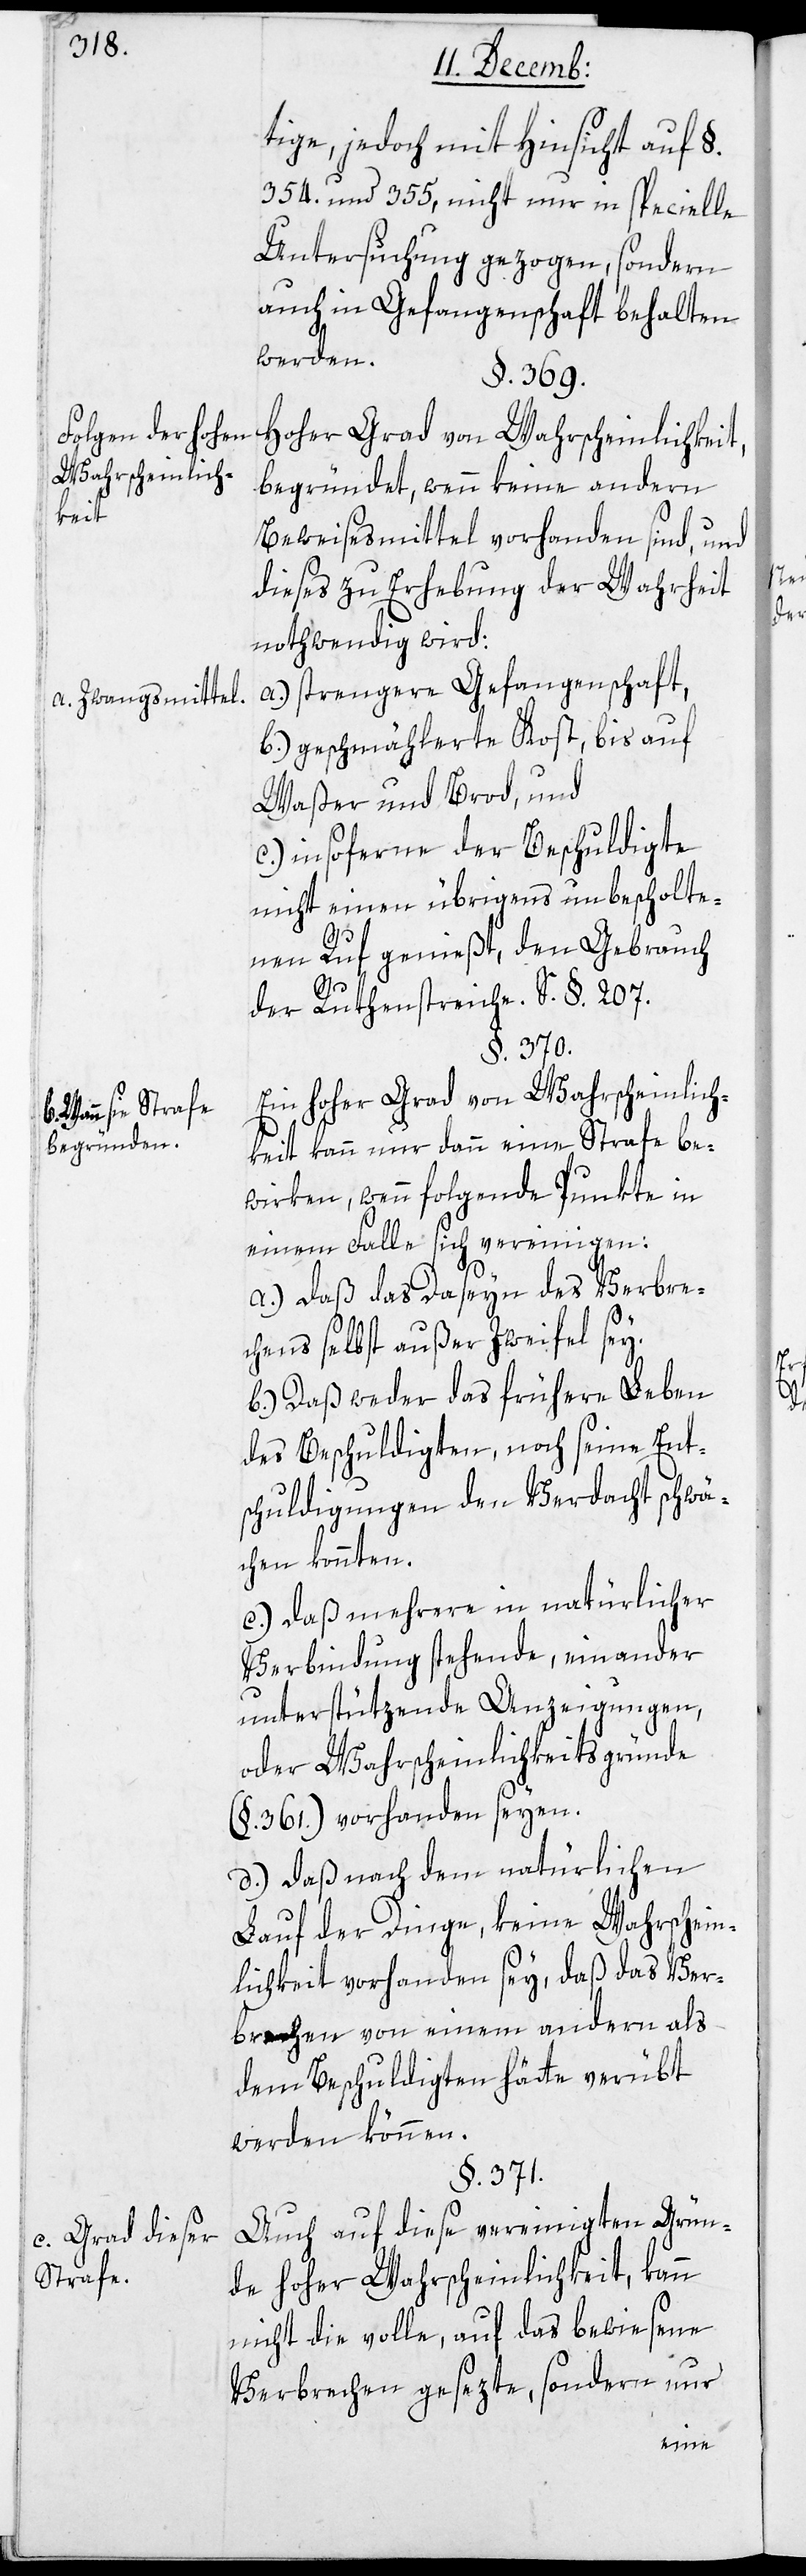
Folgen der hohen
Wahrscheinlich¬
keit.
a. Zwangsmittel.
Wann sie Strafe
begründen.
Grad dieser
Strafe.

tige, jedoch mit Hinsicht auf §.
354. und 355. nicht nur in specielle
Untersuchung gezogen, sondern
auch in Gefangenschaft behalten
werden.
§. 369.
Hoher Grad von Wahrscheinlichkeit
begründet, wenn keine andern
Beweisesmittel vorhanden sind, und
dieses zu Erhebung der Wahrheit
notwendig wird:
a.) strengere Gefangenschaft,
b.) geschmählerte Kost, bis auf
Waßer und Brod; und
c.) insoferne der Beschuldigte
nicht einen übrigens unbescholte¬
nen Ruf genießt, den Gebrauch
der Rutenstreiche. S. §. 207.
§. 370.
Ein hoher Grad von Wahrscheinlich¬
keit kann nur dann eine Strafe be¬
wirken, wenn folgende Punkte in
einem Falle sich vereinigen:
a.) daß das Daseyn des Verbre¬
chens selbst außer Zweifel sey.
b.) Daß weder das frühere Leben
des Beschuldigten, noch seine Ent¬
schuldigungen den Verdacht schwä¬
chen könnten.
c.) daß mehrere in natürlicher
Verbindung stehende, einander
unterstützende Anzeigungen,
oder Wahrscheinlichkeitsgründe
(§. 361.) vorhanden seyen.
d.) daß nach dem natürlichen
Lauf der Dinge, keine Wahrschein¬
lichkeit vorhanden sey, daß das Ver¬
brechen von einem andern als
dem Beschuldigten hätte verübt
werden können.
§. 371.
Auch auf diese vereinigten Grün¬
de hoher Wahrscheinlichkeit, kann
nicht die volle, auf das bewiesene
Verbrechen gesezte, sondern nur